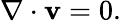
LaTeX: \nabla\cdot\mathbf{v}=0.